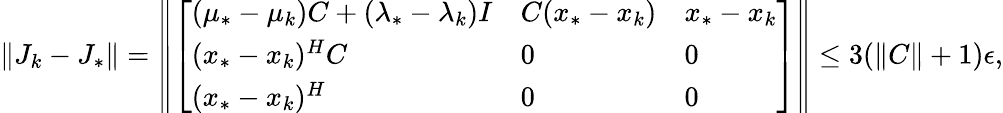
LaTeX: \| J_{k}-J_{*}\| =\left\| \left[\begin{array}{lll}{(\mu_{*}-\mu_{k})C+(\lambda_{*}-\lambda_{k})I}&{C(x_{*}-x_{k})}&{x_{*}-x_{k}}\\ {(x_{*}-x_{k})^{H}C}&{0}&{0}\\ {(x_{*}-x_{k})^{H}}&{0}&{0}\end{array}\right]\right\| \leq 3(\| C\| +1)\epsilon,